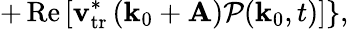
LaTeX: +\left.\mathrm{Re}\left[\mathbf{v}_{\mathrm{tr}}^{\ast}\left(\mathbf{k}_{0}+\mathbf{A}\right)\mathcal{P}(\mathbf{k}_{0},t)\right]\right\} ,